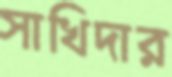
সাখিদার